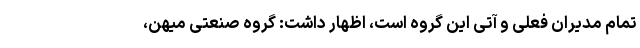
تمام مدیران فعلی و آتی این گروه است، اظهار داشت: گروه صنعتی میهن،